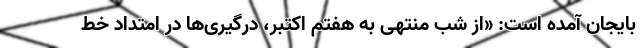
بایجان آمده است: «از شب منتهی به هفتم اکتبر، درگیری‌ها در امتداد خط